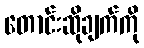
တောင်းဆိုချက်ကို